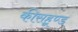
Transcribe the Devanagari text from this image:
कीसहूण्ड